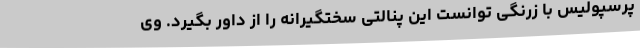
پرسپولیس با زرنگی توانست این پنالتی سختگیرانه را از داور بگیرد. وی